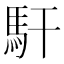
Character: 馯